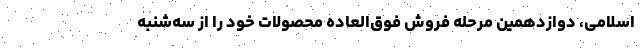
اسلامی، دوازدهمین مرحله فروش فوق‌العاده محصولات خود را از سه‌شنبه